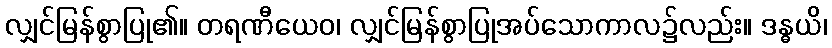
လျှင်မြန်စွာပြု၏။ တရဏီယေဝ၊ လျှင်မြန်စွာပြုအပ်သောကာလ၌လည်း။ ဒန္ဓယိ၊